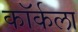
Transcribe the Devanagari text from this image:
कॉर्कला